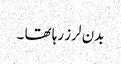
بدن لرز رہا تھا ۔